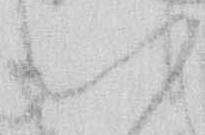
い